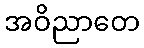
အဝိညာတေ